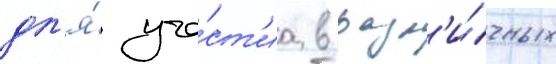
дл'я́ уча́ст'иа в разл'и́чных